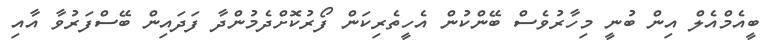
ބީއެމްއެލް އިން ބުނީ މިހާރުވެސް ބޭންކުން އެހީތެރިކަން ފޯރުކޮށްދެމުންދާ ފަދައިން ބޭސްފަރުވާ އާއި